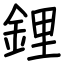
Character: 鋰